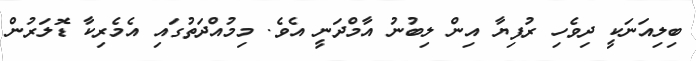
ބިލިއަނަކީ ދިވެހި ރުފިޔާ އިން ލިބުނު އާމްދަނީ އެވެ. މިމުއްދަތުގައި އެމެރިކާ ޑޮލަރުން